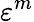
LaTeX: \varepsilon^{m}